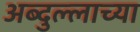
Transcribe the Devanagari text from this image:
अब्दुल्लाच्या